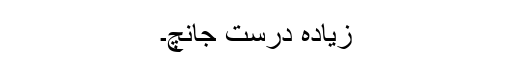
زیادہ درست جانچ۔